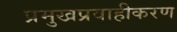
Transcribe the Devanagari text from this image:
प्रमुखप्रवाहीकरण